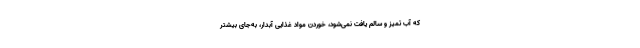
که آب تمیز و سالم یافت نمی‌شود، خوردن مواد غذایی آبدار، به‌جای بیشتر